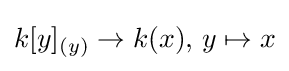
k[y]_{(y)}\to k(x),\,y\mapsto x